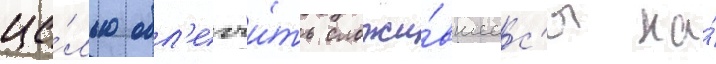
це́лью обл'егчи́ть сложи́вшеес'я на́